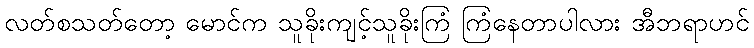
လတ်စသတ်တော့ မောင်က သူခိုးကျင့်သူခိုးကြံ ကြံနေတာပါလား အီဘရာဟင်